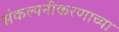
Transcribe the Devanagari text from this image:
संकल्पनीकरणाच्या